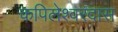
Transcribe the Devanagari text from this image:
कपिलेश्वरदास